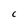
Character: C